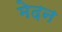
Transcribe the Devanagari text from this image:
मेदन